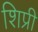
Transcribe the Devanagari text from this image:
शिप्री